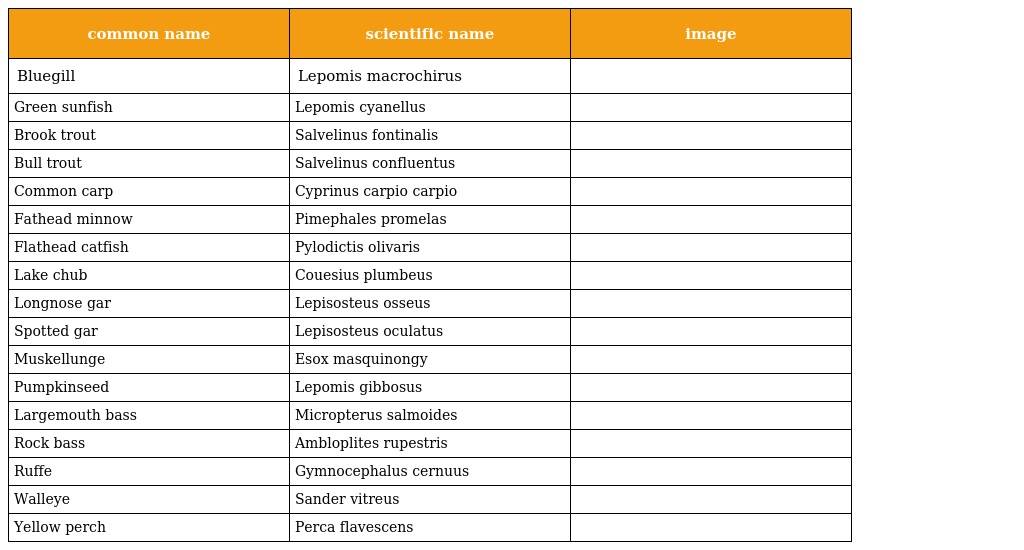
| common name | scientific name | image |
 | --- | --- | --- |
 | Bluegill | Lepomis macrochirus |  |
 | Green sunfish | Lepomis cyanellus |  |
 | Brook trout | Salvelinus fontinalis |  |
 | Bull trout | Salvelinus confluentus |  |
 | Common carp | Cyprinus carpio carpio |  |
 | Fathead minnow | Pimephales promelas |  |
 | Flathead catfish | Pylodictis olivaris |  |
 | Lake chub | Couesius plumbeus |  |
 | Longnose gar | Lepisosteus osseus |  |
 | Spotted gar | Lepisosteus oculatus |  |
 | Muskellunge | Esox masquinongy |  |
 | Pumpkinseed | Lepomis gibbosus |  |
 | Largemouth bass | Micropterus salmoides |  |
 | Rock bass | Ambloplites rupestris |  |
 | Ruffe | Gymnocephalus cernuus |  |
 | Walleye | Sander vitreus |  |
 | Yellow perch | Perca flavescens |  |